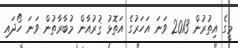
މީގެ އިތުރުން 2013 ވަނަ އަހަރުގެ އަތޮޅު ޤުރުއާން މުބާރާތުން ވަނަ ހޯދައި